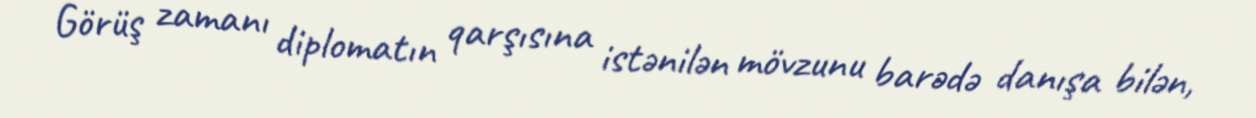
Görüş zamanı diplomatın qarşısına istənilən mövzunu barədə danışa bilən,